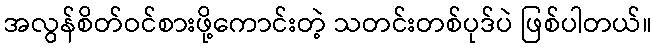
အလွန်စိတ်ဝင်စားဖို့ကောင်းတဲ့ သတင်းတစ်ပုဒ်ပဲ ဖြစ်ပါတယ်။